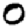
Digit: 0